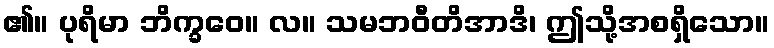
၏။ ပုရိမာ ဘိက္ခဝေ။ လ။ သမဘဝီတိအာဒိ၊ ဤသို့အစရှိသော။